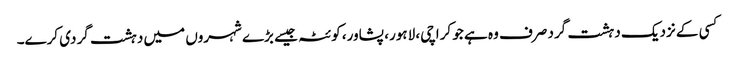
کسی کے نزدیک دہشت گرد صرف وہ ہے جو کراچی، لاہور، پشاور، کوئٹہ جیسے بڑے شہروں میں دہشت گردی کرے۔